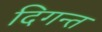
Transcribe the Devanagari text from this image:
दिगन्त